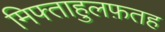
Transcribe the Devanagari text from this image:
मिफ्ताहुलफ़तह